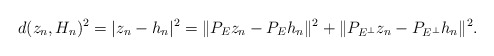
\begin{align*}d(z_n,H_n)^2=|z_n-h_n|^2=\|P_Ez_n-P_Eh_n\|^2+\|P_{E^\bot}z_n-P_{E^\bot}h_n\|^2.\end{align*}